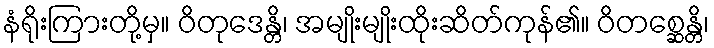
နံရိုးကြားတို့မှ။ ဝိတုဒေန္တိ၊ အမျိုးမျိုးထိုးဆိတ်ကုန်၏။ ဝိတစ္ဆေန္တိ၊